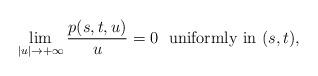
LaTeX: \begin{align*} \lim_{|u|\to+\infty}\frac{p(s,t,u)}{u}=0\ \ \mbox{uniformly in $(s,t)$},\end{align*}